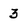
Character: 3